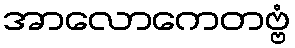
အာလောကေတဗ္ဗံ